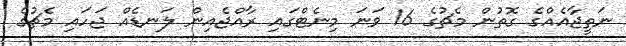
ނަތީޖާއެއްގެ ގޮތުން މެޗުގެ 16 ވަނަ މިނެޓްގައި ރާއްޖެއިން ލަނޑެއް ޖަހައި މެޗުގެ